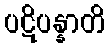
ပဋိပန္နာတိ